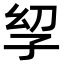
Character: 𫲣